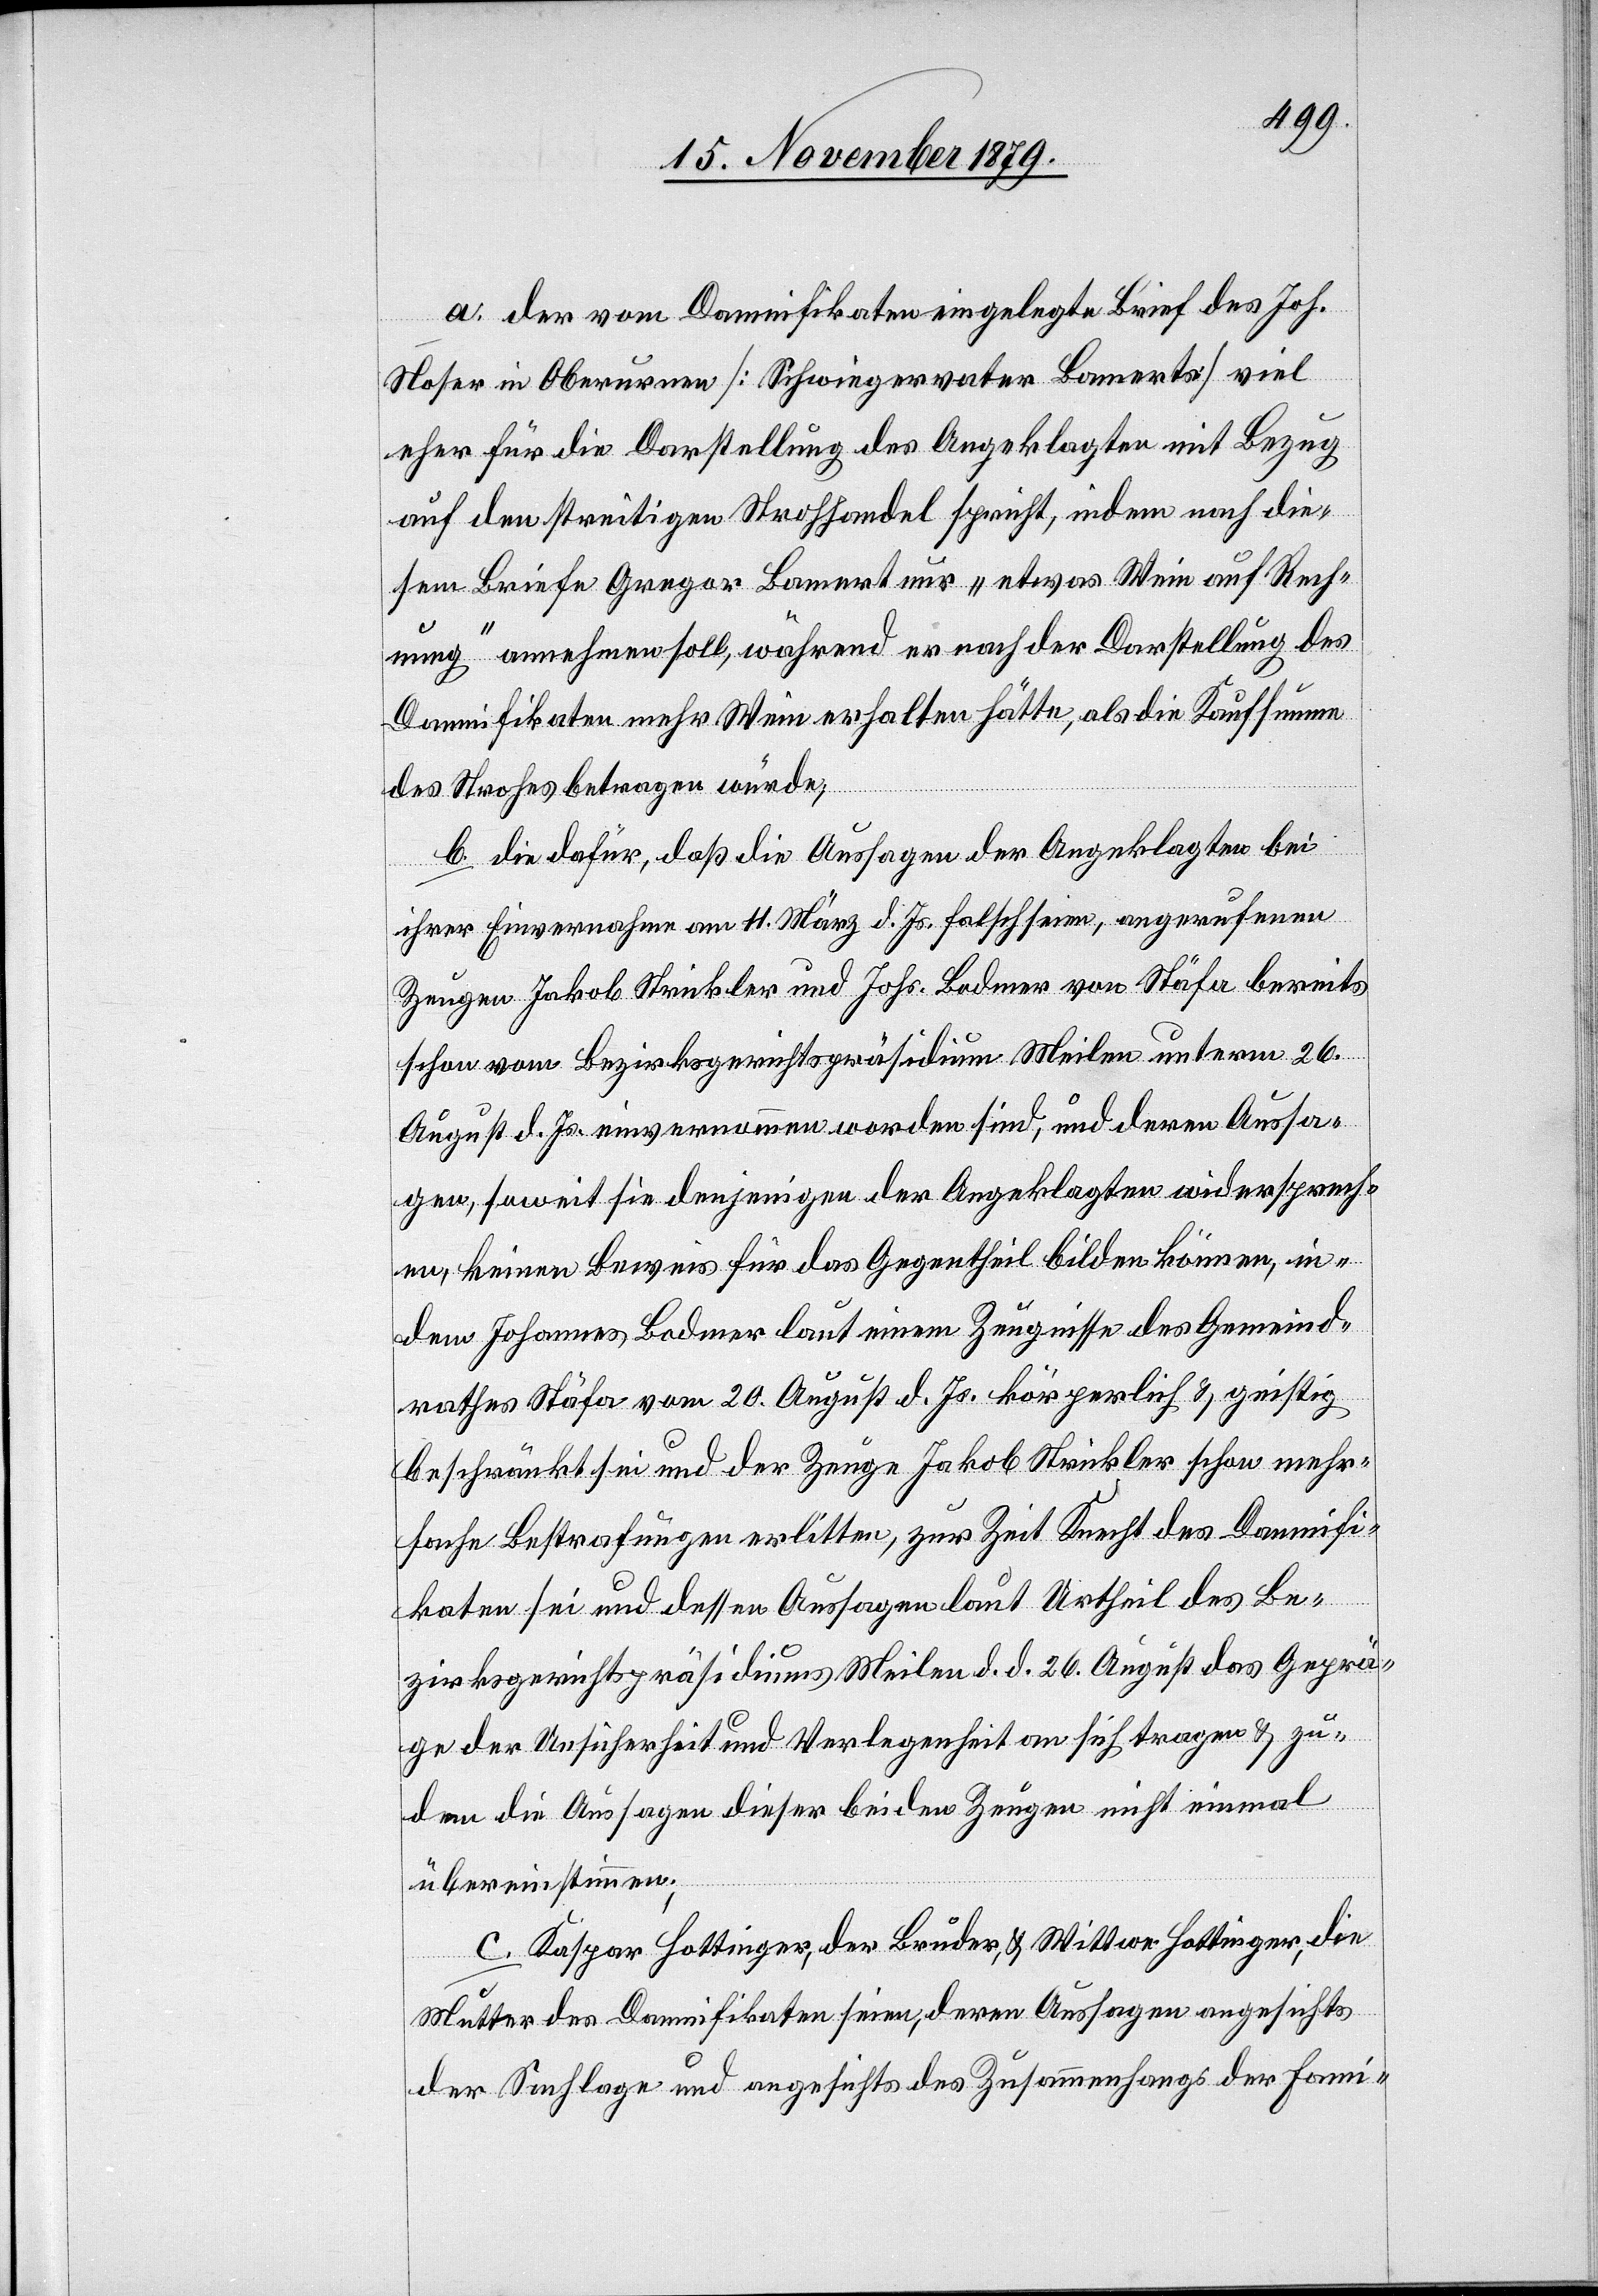
a. der vom Damnifikaten eingelegte Brief des Joh.
Noser in Oberurnen [Schwiegervater Lamert] viel
eher für die Darstellung des Angeklagten mit Bezug
auf den streitigen Strohhandel spricht, indem nach die¬
sem Briefe Gregor Lamert nur „etwas Wein auf Rech¬
nung“ annehmen soll, während er nach der Darstellung des
Damnifikaten mehr Wein erhalten hätte, als die Kaufsumme
des Strohes betragen würde,
b. die dafür, daß die Auslagen der Angeklagten bei
ihrer Einvernahme am 11. März d. Js. falsch seien, angerufenen
Zeugen Jakob Strickler und Johs. Bodmer von Stäfa bereits
schon vom Bezirksgerichtspräsidium Meilen unterm 26.
August d. Js. einvernommen worden sind, und deren Aussa¬
gen, soweit sie denjenigen der Angeklagten wiedersprech¬
en, keinen Beweis für das Gegentheil bilden können, in¬
dem Johannes Bodmer laut einem Zeugnisse des Gemeind¬
rathes Stäfa vom 20. August d. Js. körperlich & geistig
beschränkt sei und der Zeuge Jakob Strickler schon mehr¬
fache Bestrafungen erlitten, zur Zeit Knecht des Damnifi¬
katen sei und dessen Aussagen laut Urtheil des Be¬
zirksgerichtspräsidiums Meilen d. d. 26. August das Geprä¬
ge der Unsicherheit und Verlegenheit an sich tragen & zu¬
dem die Aussagen dieser beiden Zeugen nicht einmal
übereinstimmen.
c. Kaspar Hottinger, der Bruder, & Wittwe Hottinger, die
Mutter des Damnifikaten seien, deren Aussagen angesichts
der Sachlage und angesichts des Zusammenhang der Fami-